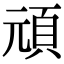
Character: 頑